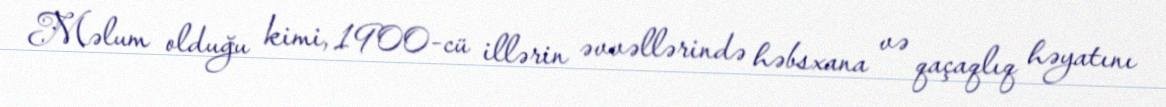
Məlum olduğu kimi, 1900-cü illərin əvvəllərində həbsxana və qaçaqlıq həyatını